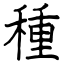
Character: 種